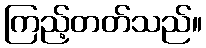
ကြည့်တတ်သည်။